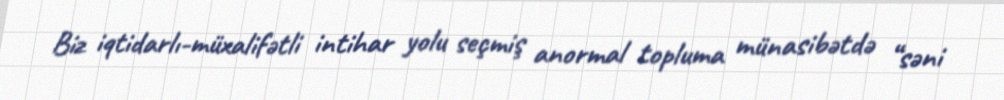
Biz iqtidarlı-müxalifətli intihar yolu seçmiş anormal topluma münasibətdə “səni